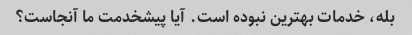
بله، خدمات بهترین نبوده است. آیا پیشخدمت ما آنجاست؟